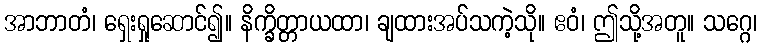
အာဘာတံ၊ ရှေးရှုဆောင်၍။ နိက္ခိတ္တာယထာ၊ ချထားအပ်သကဲ့သို။ ဧဝံ၊ ဤသို့အတူ။ သဂ္ဂေ၊